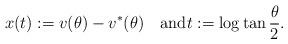
LaTeX: \begin{align*}x(t):=v(\theta)-v^*(\theta)\quad\textrm{and}t:=\log\tan\frac{\theta}{2}.\end{align*}